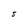
Character: S